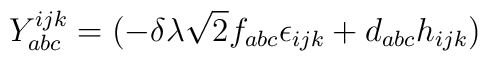
Y^{ijk}_{abc}=(-\delta\lambda\sqrt{2}f_{abc}\epsilon_{ijk}+d_{abc}h_{ijk})